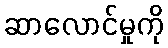
ဆာလောင်မှုကို